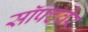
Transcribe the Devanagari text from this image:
सॉफ्‍टवेर